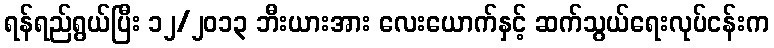
ရန်ရည်ရွယ်ပြီး ၁၂/၂၀၁၃ ဘီးယားအား လေးယောက်နှင့် ဆက်သွယ်ရေးလုပ်ငန်းက